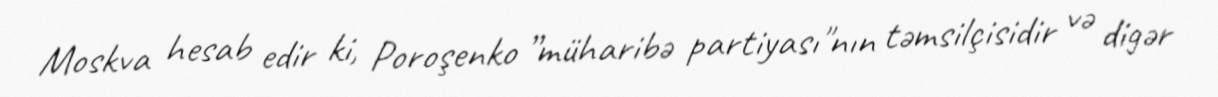
Moskva hesab edir ki, Poroşenko ”müharibə partiyası"nın təmsilçisidir və digər